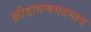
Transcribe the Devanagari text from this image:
क्रीडांगणमडगाव